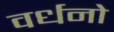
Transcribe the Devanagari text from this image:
वर्धनो